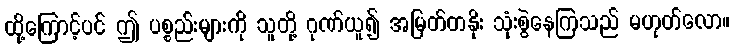
ထို့ကြောင့်ပင် ဤ ပစ္စည်းများကို သူတို့ ဂုဏ်ယူ၍ အမြတ်တနိုး သုံးစွဲနေကြသည် မဟုတ်လော။